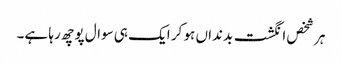
ہر شخص انگشت بدنداں ہو کر ایک ہی سوال پوچھ رہا ہے۔